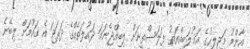
އާންމު މަޖިލީހުގެ އަޣުލަބިއްޔަތު ފަލަސްތީނަށް ލިބިއްޖެނަމަ ދައުލަތެއްގެ ދަރަޖަ އެ ގައުމަށް ލިބޭނެ